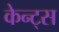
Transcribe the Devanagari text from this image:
केन्ट्स